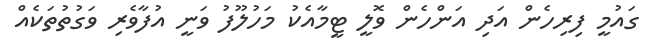
ގައުމީ ފިރިހެން އަދި އަންހެން ވޮލީ ޓީމާއެކު މަހުލޫފު ވަނީ އުފާވެރި ވަގުތުތަކެއް